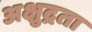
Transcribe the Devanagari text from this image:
अक्षुद्रता